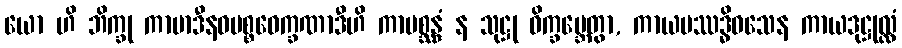
ယော ဟိ ဘိက္ခု ကာမာဒီနဝပစ္စဝေက္ခဏာဒီဟိ ကာမစ္ဆန္ဒံ န သုဋ္ဌု ဝိက္ခမ္ဘေတွာ, ကာယပဿဒ္ဓိဝသေန ကာယဒုဋ္ဌုလ္လံ